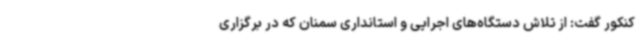
کنکور گفت: از تلاش‌ دستگاه‌های اجرایی و استانداری سمنان که در برگزاری